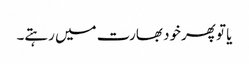
یا تو پھرخود بھارت میں رہتے۔